Indian journal of veterinary science and animal husbandry - Volume 11,
Year: 1941
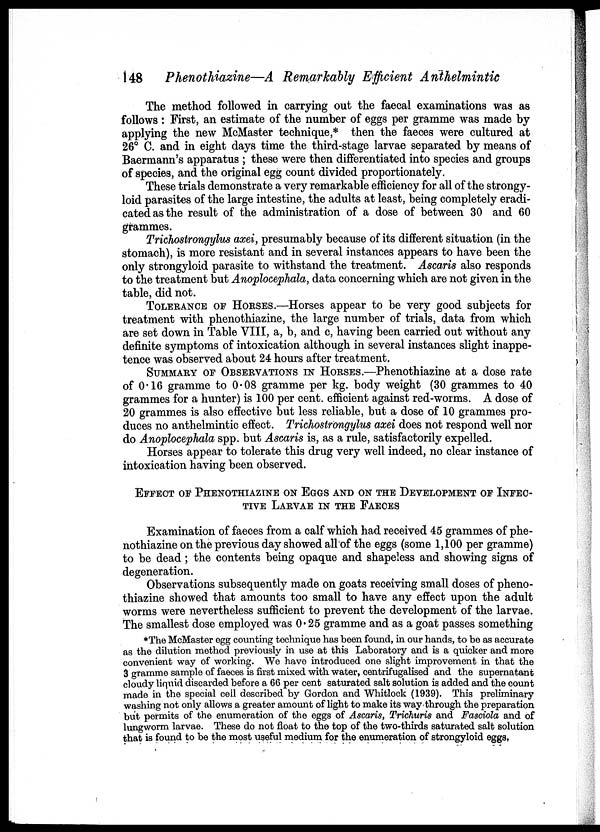
148 Phenothiazine—A Remarkably Efficient Anthelmintic
The method followed in carrying out the faecal examinations was as
follows : First, an estimate of the number of eggs per gramme was made by
applying the new McMaster technique,* then the faeces were cultured at
26° C. and in eight days time the third-stage larvae separated by means of
Baermann's apparatus ; these were then differentiated into species and groups
of species, and the original egg count divided proportionately.
These trials demonstrate a very remarkable efficiency for all of the strongy-
loid parasites of the large intestine, the adults at least, being completely eradi-
cated as the result of the administration of a dose of between 30 and 60
grammes.
Trichostrongylus axei, presumably because of its different situation (in the
stomach), is more resistant and in several instances appears to have been the
only strongyloid parasite to withstand the treatment. Ascaris also responds
to the treatment but Anoplocephala, data concerning which are not given in the
table, did not.
TOLERANCE OF HORSES.—Horses appear to be very good subjects for
treatment with phenothiazine, the large number of trials, data from which
are set down in Table VIII, a, b, and c, having been carried out without any
definite symptoms of intoxication although in several instances slight inappe-
tence was observed about 24 hours after treatment.
SUMMARY OF OBSERVATIONS IN HORSES.—Phenothiazine at a dose rate
of 0.16 gramme to 0.08 gramme per kg. body weight (30 grammes to 40
grammes for a hunter) is 100 per cent. efficient against red-worms. A dose of
20 grammes is also effective but less reliable, but a dose of 10 grammes pro-
duces no anthelmintic effect. Trichostrongylus axei does not respond well nor
do Anoplocephala spp. but Ascaris is, as a rule, satisfactorily expelled.
Horses appear to tolerate this drug very well indeed, no clear instance of
intoxication having been observed.
EFFECT OF PHENOTHIAZINE ON EGGS AND ON THE DEVELOPMENT OF INFEC-
---- LARVAE IN THE FAECES
Examination of faeces from a calf which had received 45 grammes of phe-
nothiazine on the previous day showed all of the eggs (some 1,100 per gramme)
to be dead ; the contents being opaque and shapeless and showing signs of
degeneration.
Observations subsequently made on goats receiving small doses of pheno-
thiazine showed that amounts too small to have any effect upon the adult
worms were nevertheless sufficient to prevent the development of the larvae.
The smallest dose employed was 0.25 gramme and as a goat passes something
*The McMaster egg counting technique has been found, in our hands, to be as accurate
as the dilution method previously in use at this Laboratory and is a quicker and more
convenient way of working. We have introduced one slight improvement in that the
3 gramme sample of faeces is first mixed with water, centrifugalised and the supernatant
cloudy liquid discarded before a 66 per cent saturated salt solution is added and the count
made in the special cell described by Gordon and Whitlock (1939). This preliminary
washing not only allows a greater amount of light to make its way through the preparation
but permits of the enumeration of the eggs of Ascaris, Trichuris and Fasciola and of
lungworm larvae. These do not float to the top of the two-thirds saturated salt solution
that is found to be the most useful medium for the enumeration of strongyloid eggs,